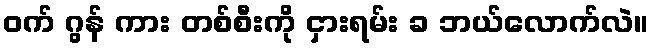
ဝက် ဂွန် ကား တစ်စီးကို ငှားရမ်း ခ ဘယ်လောက်လဲ။